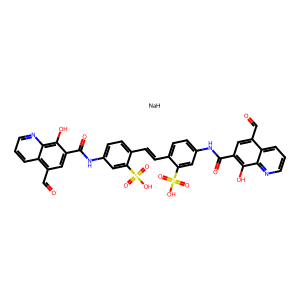
SMILES: O=Cc1cc(C(=O)Nc2ccc(C=Cc3ccc(NC(=O)c4cc(C=O)c5cccnc5c4O)cc3S(=O)(=O)O)c(S(=O)(=O)O)c2)c(O)c2ncccc12.[NaH]
Inhibits HIV replication: Yes